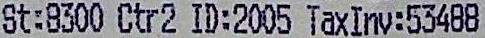
ST:8300 CTR2 ID:2005 TAXINV:53488